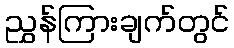
ညွှန်ကြားချက်တွင်